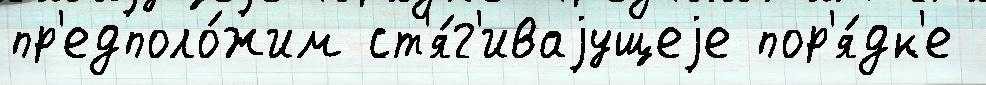
пр'едполо́жим ст'я́г'иваjущеjе пор'я́дк'е